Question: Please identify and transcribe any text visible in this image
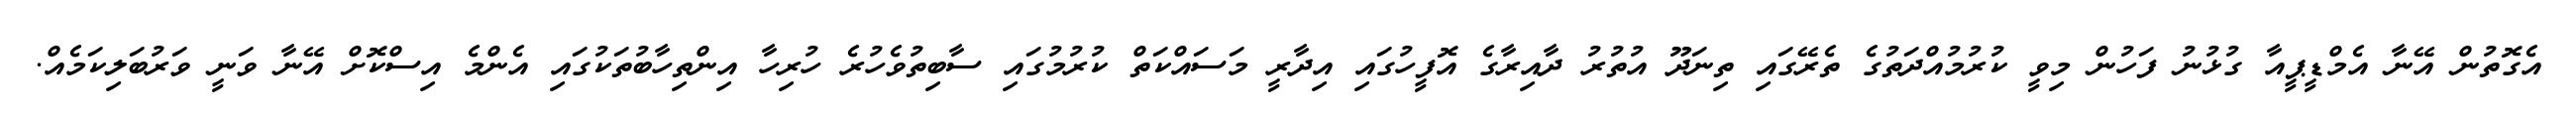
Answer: އެގޮތުން އޭނާ އެމްޑީޕީއާ ގުޅުނު ފަހުން މިވީ ކުރުމުއްދަތުގެ ތެރޭގައި ތިނަދޫ އުތުރު ދާއިރާގެ އޮފީހުގައި އިދާރީ މަސައްކަތް ކުރުމުގައި ސާބިތުވެހުރެ ހުރިހާ އިންތިހާބުތަކުގައި އެންމެ އިސްކޮށް އޭނާ ވަނީ ވަރުބަލިކަމެއް.